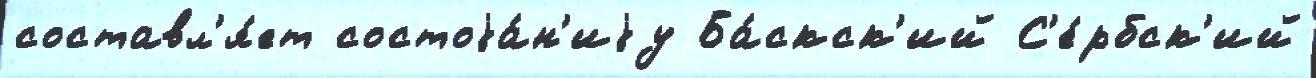
составл'я́ет состоjа́н'иjу Ба́скск'ий С'е́рбск'ий